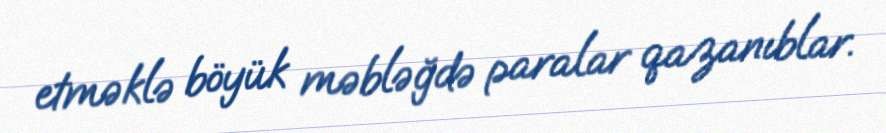
etməklə böyük məbləğdə paralar qazanıblar.